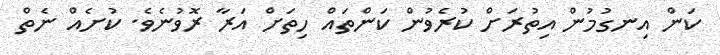
ކަން އިނގުމުން އިތުރަށް ކުރެވުން ކަންތައް ހިތަށް އަރާ ރޮވުނެވެ. ކުށެއް ނެތް